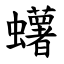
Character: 蠴